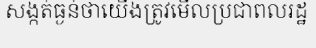
សង្កត់ធ្ងន់ថាយើងត្រូវមើលប្រជាពលរដ្ឋ